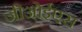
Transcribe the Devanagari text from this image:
जीओईएस